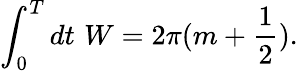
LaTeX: \int_{0}^{T}dt\, \, W=2\pi(m+\frac{1}{2}).